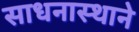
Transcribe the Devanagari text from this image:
साधनास्थाने